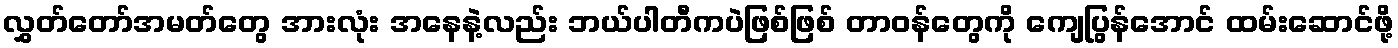
လွှတ်တော်အမတ်တွေ အားလုံး အနေနဲ့လည်း ဘယ်ပါတီကပဲဖြစ်ဖြစ် တာဝန်တွေကို ကျေပြွန်အောင် ထမ်းဆောင်ဖို့